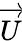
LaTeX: \overrightarrow{U}